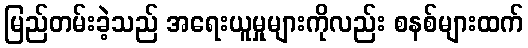
မြည်တမ်းခဲ့သည် အရေးယူမှုများကိုလည်း စနစ်များထက်